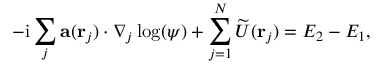
- \mathrm { i } \sum _ { j } \mathbf { a } ( \mathbf { r } _ { j } ) \cdot \nabla _ { j } \log ( \psi ) + \sum _ { j = 1 } ^ { N } \widetilde { U } ( \mathbf { r } _ { j } ) = E _ { 2 } - E _ { 1 } ,